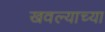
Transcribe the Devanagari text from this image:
खवल्याच्या